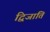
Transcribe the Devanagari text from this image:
द्विजाति